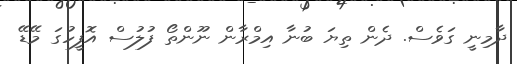
ދާމިނީ ގަވެސް. ދެން ތިޔަ ބުނާ އިމްރާން ނޫންތޯ ފުލުސް އޮފީހުގަ މޭޑޭ